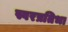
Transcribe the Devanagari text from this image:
स्वरप्रतिभा